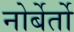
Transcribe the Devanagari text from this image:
नोर्बेर्तो